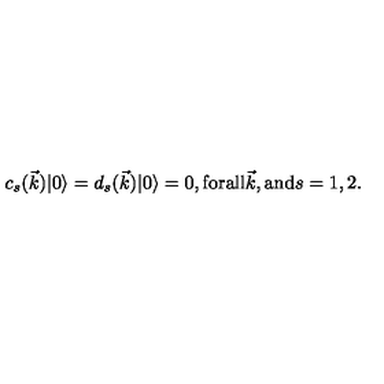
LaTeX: c _ { s } ( \vec { k } ) | 0 \rangle = d _ { s } ( \vec { k } ) | 0 \rangle = 0 , \mathrm { f o r a l l } \vec { k } , \mathrm { a n d } s = 1 , 2 .